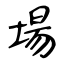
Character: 場